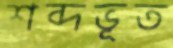
শব্দভূত